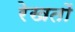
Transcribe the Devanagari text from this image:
रेखतों